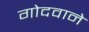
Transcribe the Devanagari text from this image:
गोदवाने